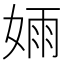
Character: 𫰺